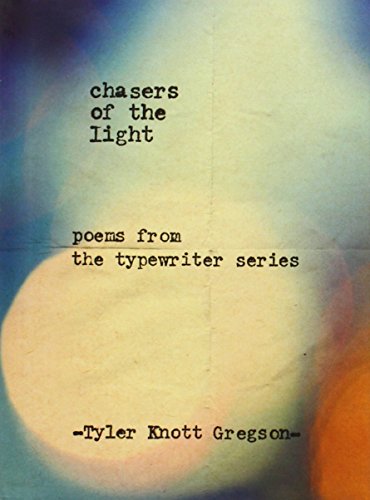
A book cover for Chasers of the Light: Poems from the Typewriter Series; Tyler Knott Gregson; Humor & Entertainment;